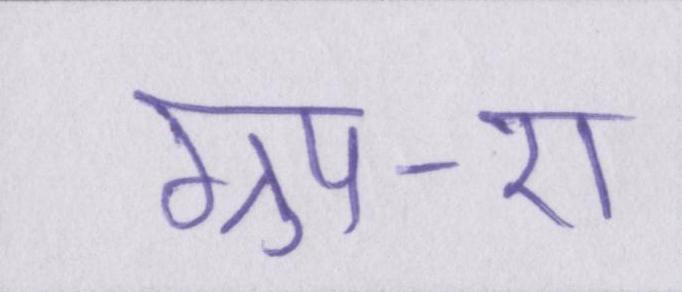
ग्रुप-ए